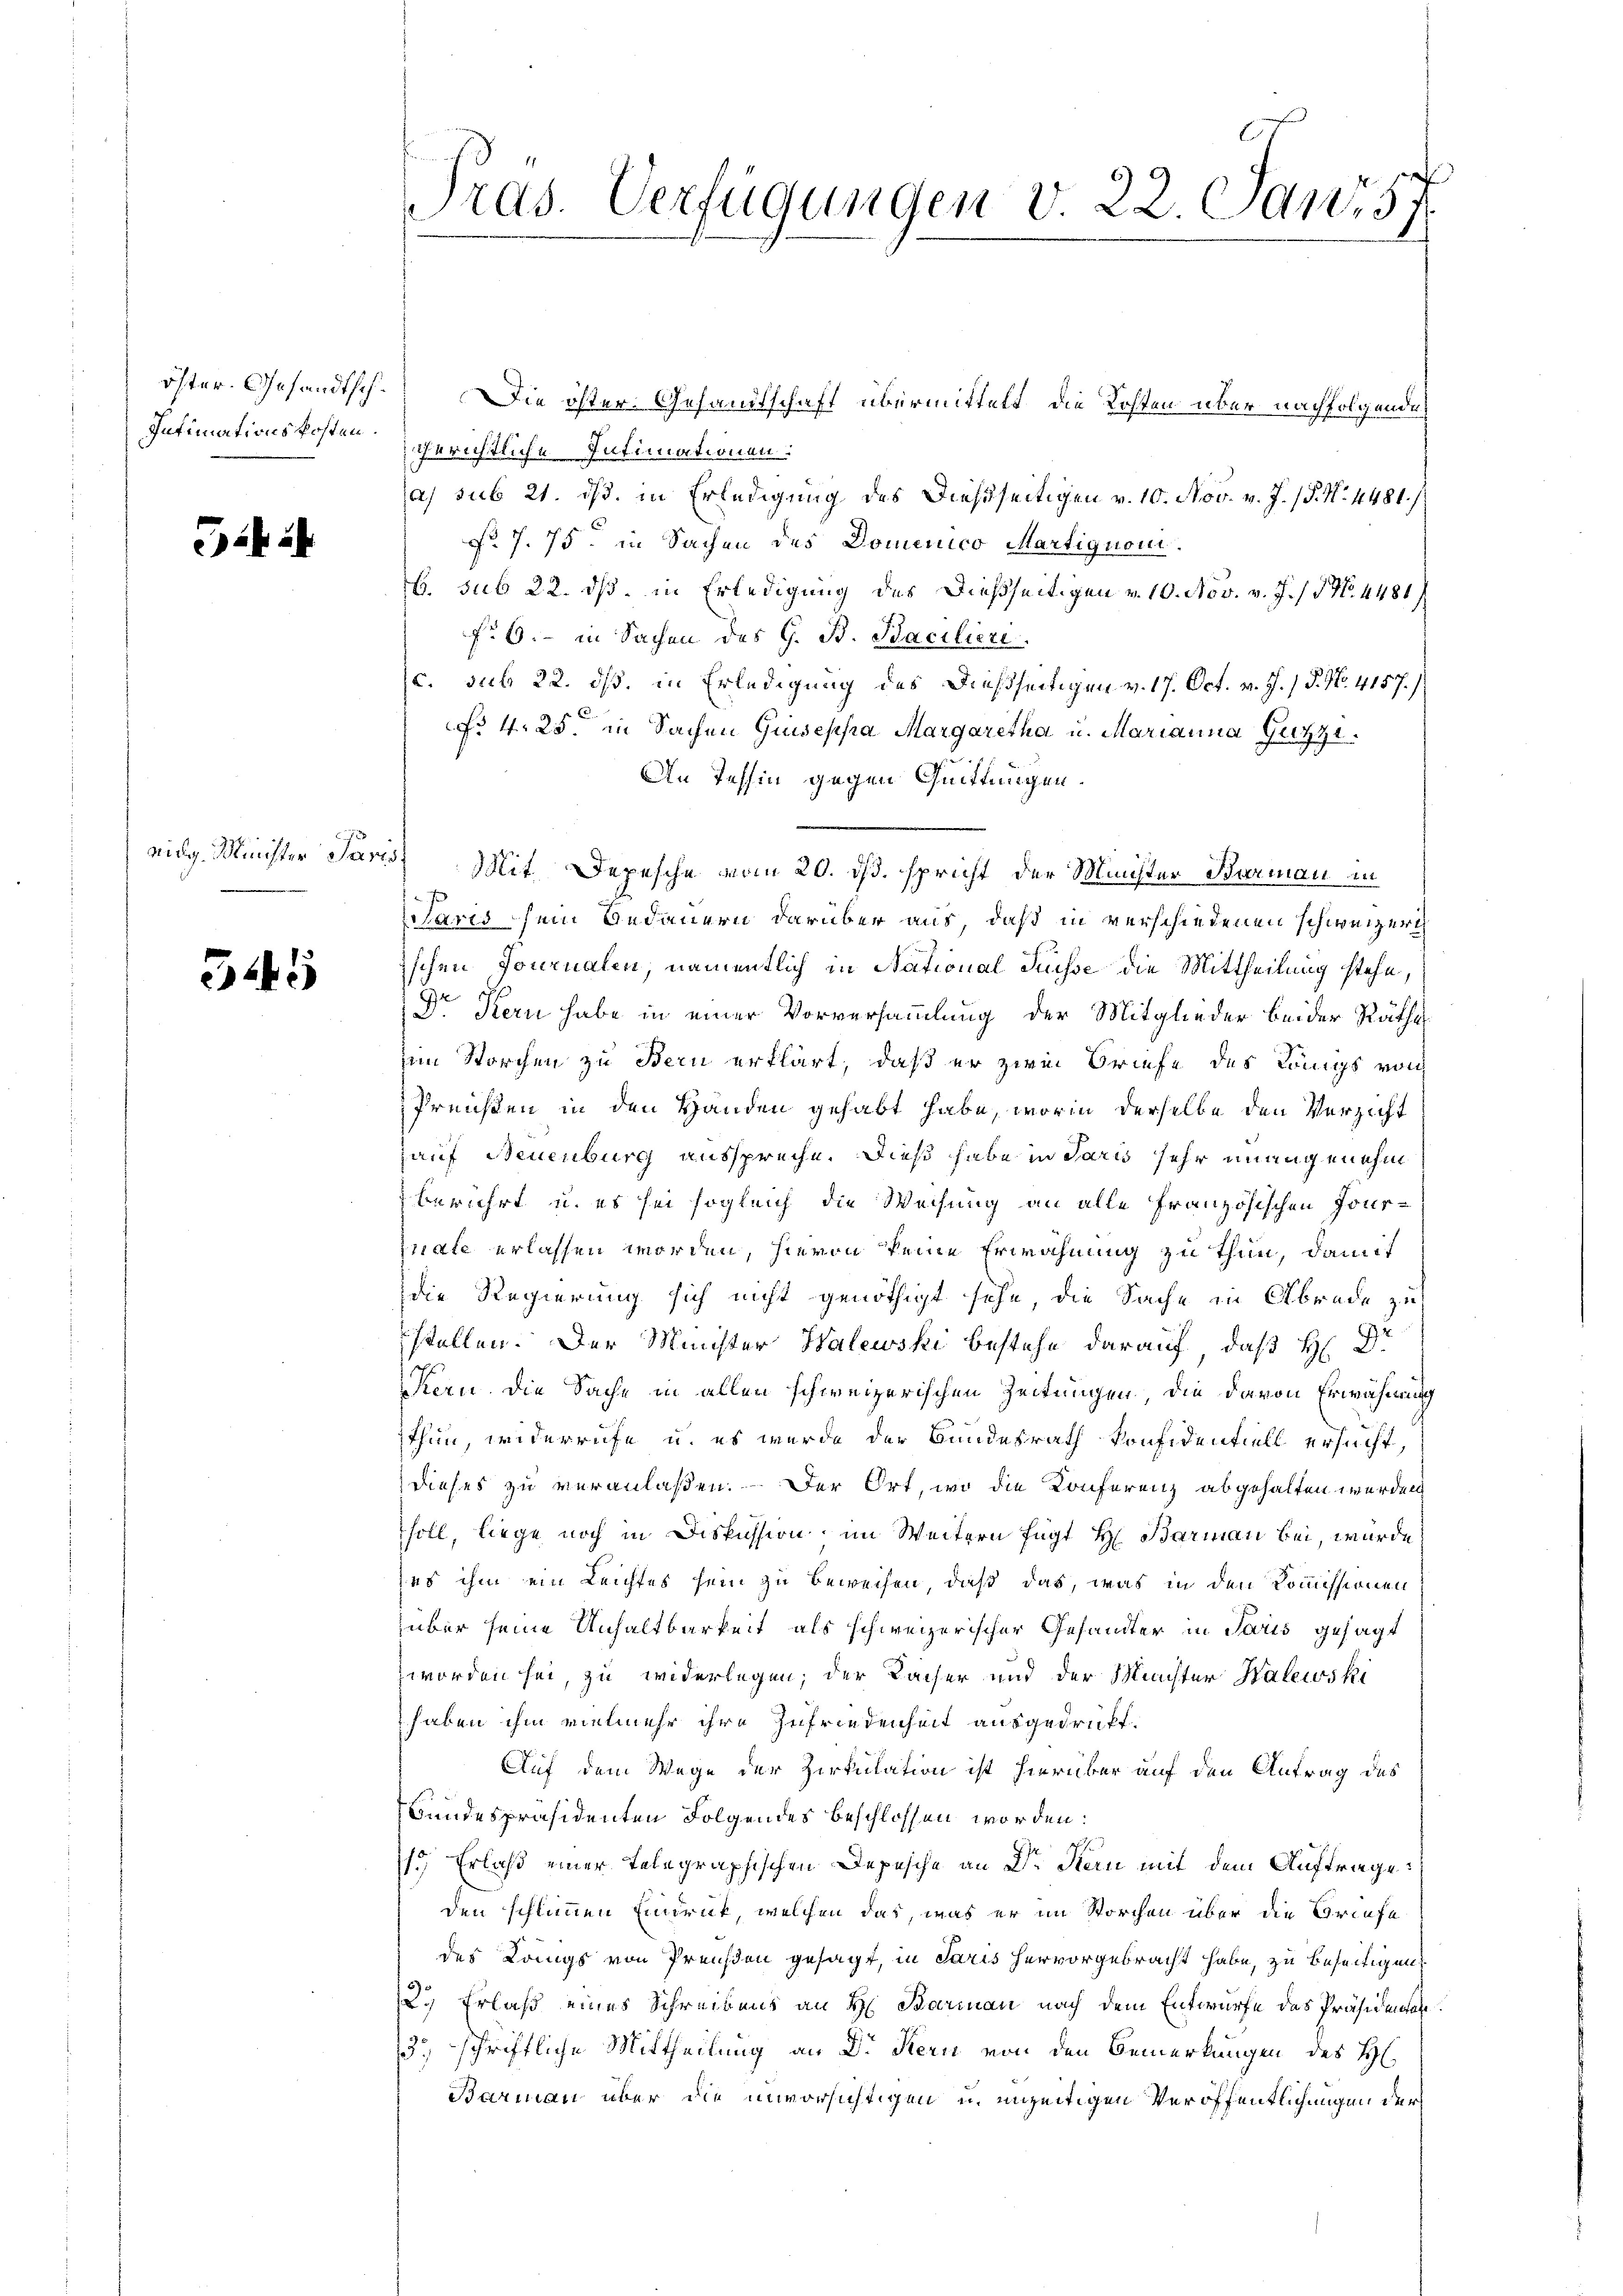
öster. Gesandtsch¬
Intimationskosten.

Gib ih

eidg. Minister Pare

545

Pras. Verfügungen v. 22. Janr 57

Die öster Gesandtschaft übermittelt, die Kosten über nachfolgende
gerichtliche Intimationen:
a) sub 21. ds. in Erledigung des Dießseitigen v. 10. Nov. v. J. (§. N. 4481/
No. 7. 75. in Sachen des Domenico Martignoni.
b. sub 22. ds. in Erledigung des dießseitigen v. 10. Nov. v. J. 18 No. 4481.
f. 6. in Sachen des G. B. Bacilieri
c. sub 22. ds. in Erledigung des dießseitigen v. 17. Oct. v. J. / P. No. 4157.)
No 4. 25. in Sachen Giusepha Margaretha u. Marianna Guzzi.
An Tessin gegen Quittungen.
3) Mit Depesche vom 20. ds. spricht der Meister Barman in
Paris sein Bedauern darüber aus, daß in verschiedenen schweizeri
ischen Tournalen, namentlich in National Russe die Mittheilung stehe,
Dr Kern habe in einer Vorversammlung der Mitglieder beider Räthe
im Storchen zu Bern erklärt, daß er zwei Briefe des Königs von
Preisen in den Handen gehabt habe, worin derselbe den Verzicht
Hauf Neuenburg ausspreche. Dieß habe in Paris sehr innigenehm
berührt u. es sei sogleich die Weisung an alle Französischen Jour-
nate erlassen worden, hievon keine Erwähnung zu thun, damit
die Regierung sich nicht genöthigt sehe, die Sache in Abrade zu
stellen. Der Minister Walewski bestehe darauf, daß H: Dr.
Stern die Sache in allen schweizerischen Zeitungen, die davon Erwähnung
thun, widerrufe u. es wurde der Bundesrath konfidentiell ersucht,
dieses zu veranlaßen. Der Ort, wo die Konferenz abgehalten werden
soll, liege noch in Diskussion, im Weitern fügt H. Barman bei, wurde
sus ihm ein Leichtes sein zu beweisen, daß das, was in den Kommissionen
über seine Unhaltbarkeit als schweizerischer Gesandter in Paris gesagt
zworden sei, zu widerlegen; der Kaiser und der Mister Halewski
haben ihm vielmehr ihre Zufriedenheit ausgedruckt.
Auf dem Wege der Zirkulation ist hierüber auf den Antrag des
Bundespräsidenten Folgendes beschlossen worden:
.
1.) Erlaß einer Telegraphischen Depesche an Dr Stern mit dem Auftrage
den schlimmen Eindruck, welchen das, was er im Storchen über die Briefe
des Köngs von Preußen gesagt, in Paris hervorgebracht habe, zu beseitigen,
2.) Erlaß eines Schreibens an H. Barman nach dem Entwurfe des Präsidentate
3.) schriftliche Mittheilung an Dr Kern von den Bemerkungen des H.
Barmann über die unvorsichtigen u. unzeitigen Veröffentlichungen der